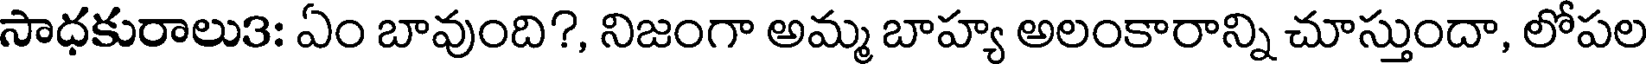
సాధకురాలు3: ఏం బావుంది?, నిజంగా అమ్మ బాహ్య అలంకారాన్ని చూస్తుందా, లోపల